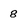
Character: 8